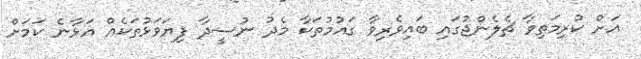
އަށް ކުރިމަތިވާ ޗެލެންޖުގައި ބައިވެރިވާ ގައުމުތަކާ މެދު ނުސީދާ ފިޔަަވަޅުތަކެއް އަޅާނެ ކަމަށް